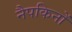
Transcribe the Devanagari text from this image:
नैपकिनों